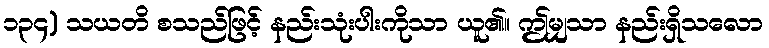
၁၃၄) သယတိ စသည်ဖြင့် နည်းသုံးပါးကိုသာ ယူ၏။ ဤမျှသာ နည်းရှိသလော